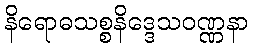
နိရောဓသစ္စနိဒ္ဒေသဝဏ္ဏနာ